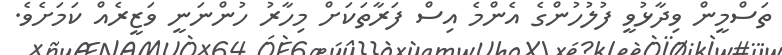
ތަސްމީން ވިދާޅުވީ ފުލުހުންގެ އެންމެ އިސް ފަރާތަކަށް މިހާރު ހުންނަނީ ވަޒީރެއް ކަމަށެވެ.